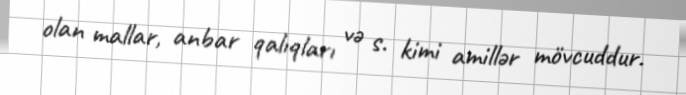
olan mallar, anbar qalıqları və s. kimi amillər mövcuddur.